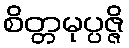
စိတ္တမုပ္ပဇ္ဇိ